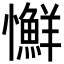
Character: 𢥌